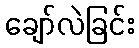
ချော်လဲခြင်း